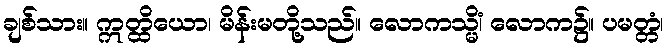
ချစ်သား။ ဣတ္ထိယော၊ မိန်းမတို့သည်။ လောကသ္မိံ၊ လောက၌။ ပမတ္တံ၊